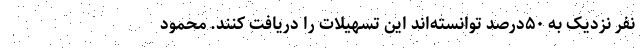
نفر نزدیک به ۵۰درصد توانسته‌اند این تسهیلات را دریافت کنند. محمود